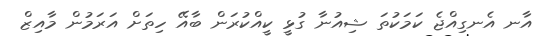
އާނ އެނގިއްޖެ ކަމަކުތަ ޝިއުނާ ގުޅީ ކީއްކުރަން ބާއޭ ހިތަށް އަރަމުން މާއިޒް